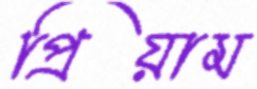
প্রিয়াম